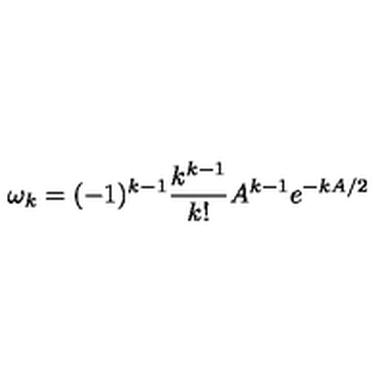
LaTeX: \omega _ { k } = ( - 1 ) ^ { k - 1 } \frac { k ^ { k - 1 } } { k ! } A ^ { k - 1 } e ^ { - k A / 2 }